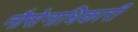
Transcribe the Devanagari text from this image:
नौसेनाधिकारी